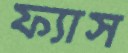
ফ্যাস